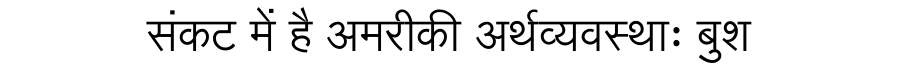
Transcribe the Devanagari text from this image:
संकट में है अमरीकी अर्थव्यवस्थाः बुश